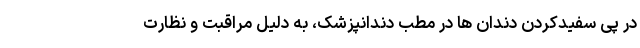
در پی سفیدکردن دندان ها در مطب دندانپزشک، به دلیل مراقبت و نظارت